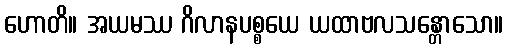
ဟောတိ။ အယမဿ ဂိလာနပစ္စယေ ယထာဗလသန္တောသော။